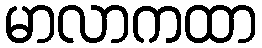
မာလာကထာ